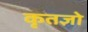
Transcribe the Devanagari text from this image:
कृतज्ञो